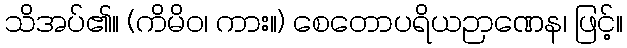
သိအပ်၏။ (ကိမိဝ၊ ကား။) စေတောပရိယဉာဏေန၊ ဖြင့်။